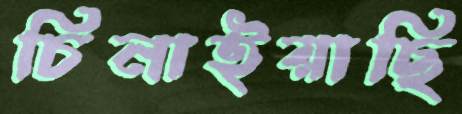
চিনাইয়াছি